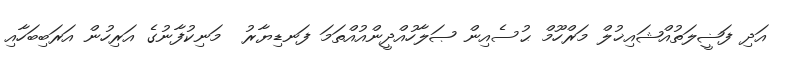
އަދި ފަޟީލަތުއްޝައިޚުލް މަރްހޫމް ޙުސެއިން ޞަލާހުއްދީންއުއްތަމަ ފަނޑިޔާރު  މަނިކުފާނުގެ އަރިހުން އަރަބިބަހާއި